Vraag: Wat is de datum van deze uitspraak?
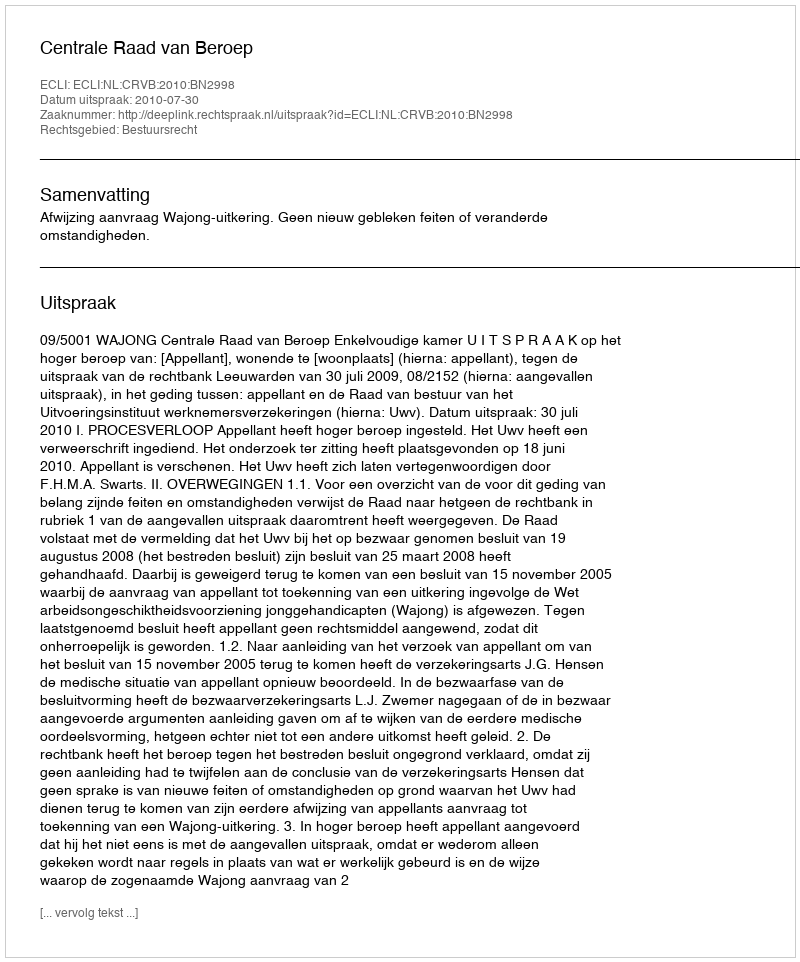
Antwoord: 2010-07-30